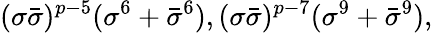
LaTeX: (\sigma\bar{\sigma})^{p-5}(\sigma^{6}+\bar{\sigma}^{6}),(\sigma\bar{\sigma})^{p-7}(\sigma^{9}+\bar{\sigma}^{9}),